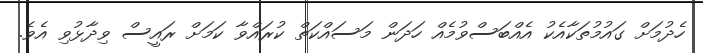
ހެދުމަށް ގައުމުތަކާއެކު އެއްބަސްވުމެއް ހަދަން މަސައްކަތް ކުރައްވާ ކަމަށް ރައީސް ވިދާޅުވި އެވެ.